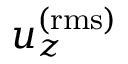
u _ { z } ^ { \mathrm { ( r m s ) } }